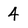
Character: 4